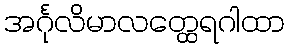
အင်္ဂုလိမာလတ္ထေရဂါထာ